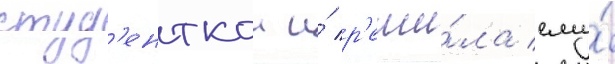
студ'енткои и́ р'еши́ла ему́